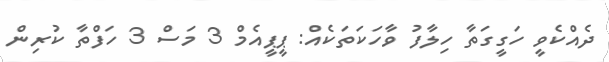
ދެއްކެވީ ހަގީގަތާ ހިލާފު ވާހަކަތަކެއް: ޕީޕީއެމް 3 މަސް 3 ހަފްތާ ކުރިން